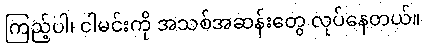
ကြည့်ပါ၊ ငါမင်းကို အသစ်အဆန်းတွေ လုပ်နေတယ်။